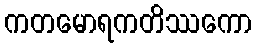
ကတမောရကတိဿကော